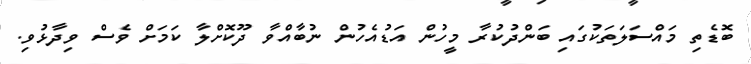
ބޮޑެތި މައްސަލަތަކުގައި ބަންދުކުރާ މީހުން އަޑުއެހުން ނުބާއްވާ ދޫކޮށްލާ ކަމަށް ވެސް ވިދާޅުވި.